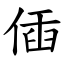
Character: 偛